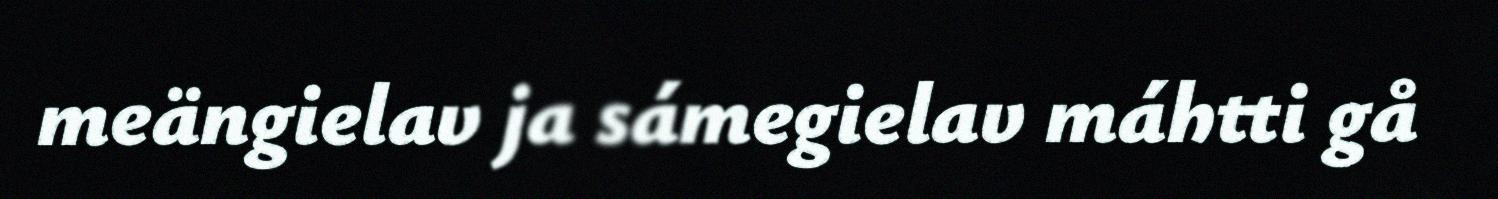
meängielav ja sámegielav máhtti gå